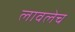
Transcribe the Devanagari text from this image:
लावलेच